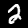
Label: 2